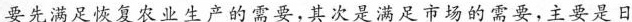
要先满足恢复农业生产的需要，其次是满足市场的需要，主要是日